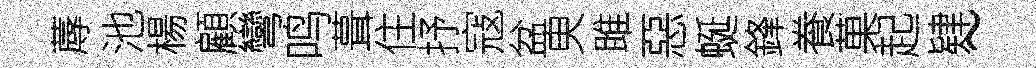
蓐池楊顧彎鸣葺住抒寇盆㬰雎惡蜒鋒飬菓起肄~